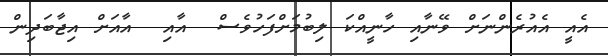
އެއީ އެއުރެންނަށް ވޭނާއި ހާނީއްކަ ލިބުމަށްފަހުވެސް  އާއި  އާއަށް އިޖާބަދިން